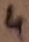
Text: 4